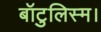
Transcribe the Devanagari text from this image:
बॉटुलिस्म।